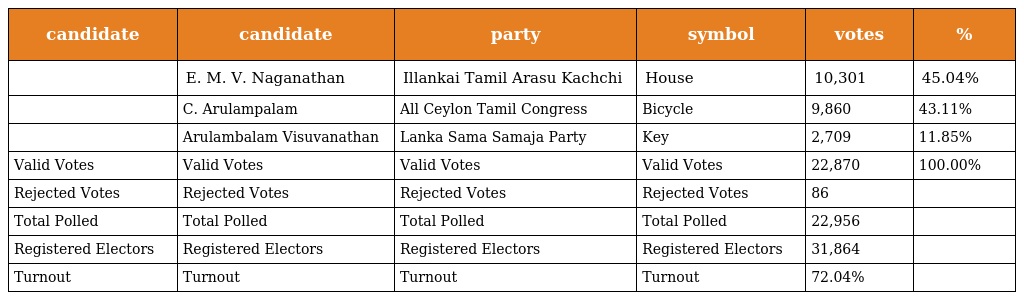
| candidate | candidate | party | symbol | votes | % |
 | --- | --- | --- | --- | --- | --- |
 |  | E. M. V. Naganathan | Illankai Tamil Arasu Kachchi | House | 10,301 | 45.04% |
 |  | C. Arulampalam | All Ceylon Tamil Congress | Bicycle | 9,860 | 43.11% |
 |  | Arulambalam Visuvanathan | Lanka Sama Samaja Party | Key | 2,709 | 11.85% |
 | Valid Votes | Valid Votes | Valid Votes | Valid Votes | 22,870 | 100.00% |
 | Rejected Votes | Rejected Votes | Rejected Votes | Rejected Votes | 86 |  |
 | Total Polled | Total Polled | Total Polled | Total Polled | 22,956 |  |
 | Registered Electors | Registered Electors | Registered Electors | Registered Electors | 31,864 |  |
 | Turnout | Turnout | Turnout | Turnout | 72.04% |  |